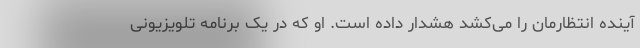
آینده انتظارمان را می‌کشد هشدار داده است. او که در یک برنامه تلویزیونی